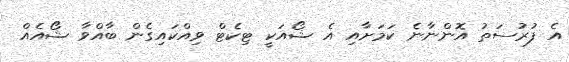
އެ ފުރުސަތު އޮންނާނެ ކަމަށާއި އެ ޝޯއަކީ ޓިކެޓް ވިއްކައިގެން ބާއްވާ ޝޯއެއް